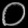
Digit: ၀